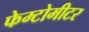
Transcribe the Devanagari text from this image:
फेम्टोमीटर